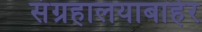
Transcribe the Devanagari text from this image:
संग्रहालयाबाहेर